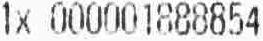
1X 000001888854